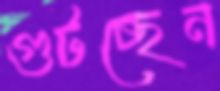
গুটচ্ছেন